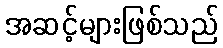
အဆင့်များဖြစ်သည်